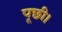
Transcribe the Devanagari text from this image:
पूछी।